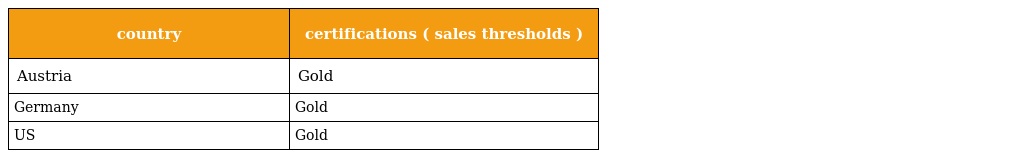
| country | certifications ( sales thresholds ) |
 | --- | --- |
 | Austria | Gold |
 | Germany | Gold |
 | US | Gold |